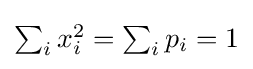
\textstyle \sum _{i}x_{i}^{2}=\sum _{i}p_{i}=1